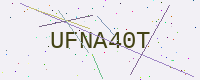
Text: UFNA40T